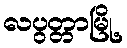
လပွတ္တာမြို့